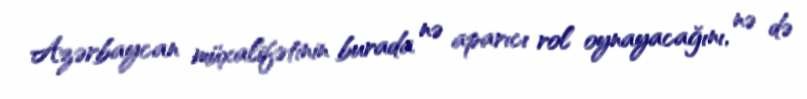
Azərbaycan müxalifətinin burada nə aparıcı rol oynayacağını, nə də